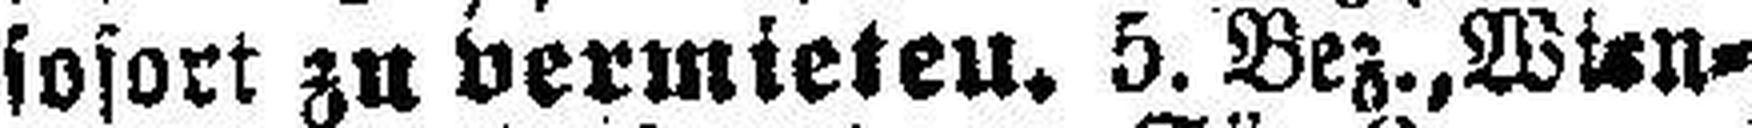
sofort zu vermieten. 5. Bez.,Wien¬